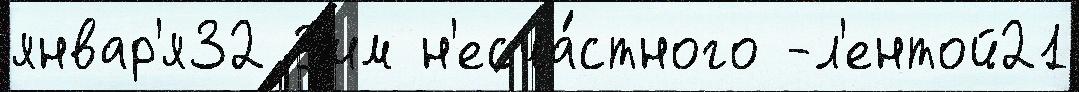
январ'я32 З'им н'есча́стного -л'ентой21